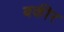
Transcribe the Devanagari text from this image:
बकीर